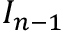
I _ { n - 1 }